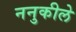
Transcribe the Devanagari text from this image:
ननुकीले